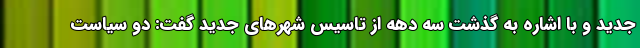
جدید و با اشاره به گذشت سه دهه از تاسیس شهرهای جدید گفت: دو سیاست